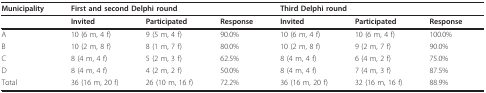
<table><thead><tr><td><b>Municipality</b></td><td colspan="3"><b>First and second Delphi round</b></td><td colspan="3"><b>Third Delphi round</b></td></tr></thead><tbody><tr><td></td><td><b>Invited</b></td><td><b>Participated</b></td><td><b>Response</b></td><td><b>Invited</b></td><td><b>Participated</b></td><td><b>Response</b></td></tr><tr><td>A</td><td>10 (6 m, 4 f)</td><td>9 (5 m, 4 f)</td><td>90.0%</td><td>10 (6 m, 4 f)</td><td>10 (6 m, 4 f)</td><td>100.0%</td></tr><tr><td>B</td><td>10 (2 m, 8 f)</td><td>8 (1 m, 7 f)</td><td>80.0%</td><td>10 (2 m, 8 f)</td><td>9 (2 m, 7 f)</td><td>90.0%</td></tr><tr><td>C</td><td>8 (4 m, 4 f)</td><td>5 (2 m, 3 f)</td><td>62.5%</td><td>8 (4 m, 4 f)</td><td>6 (4 m, 2 f)</td><td>75.0%</td></tr><tr><td>D</td><td>8 (4 m, 4 f)</td><td>4 (2 m, 2 f)</td><td>50.0%</td><td>8 (4 m, 4 f)</td><td>7 (4 m, 3 f)</td><td>87.5%</td></tr><tr><td>Total</td><td>36 (16 m, 20 f)</td><td>26 (10 m, 16 f)</td><td>72.2%</td><td>36 (16 m, 20 f)</td><td>32 (16 m, 16 f)</td><td>88.9%</td></tr></tbody></table>